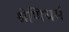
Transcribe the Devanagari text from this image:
श्रेणिधर्म